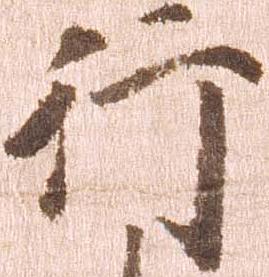
行